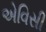
એવિસી